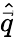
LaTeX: \widehat{\vec{q}}